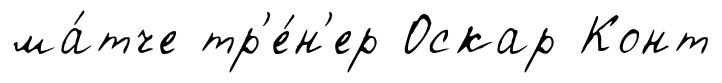
ма́тче тр'е́н'ер Оскар Конт